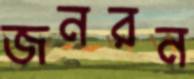
জনরন